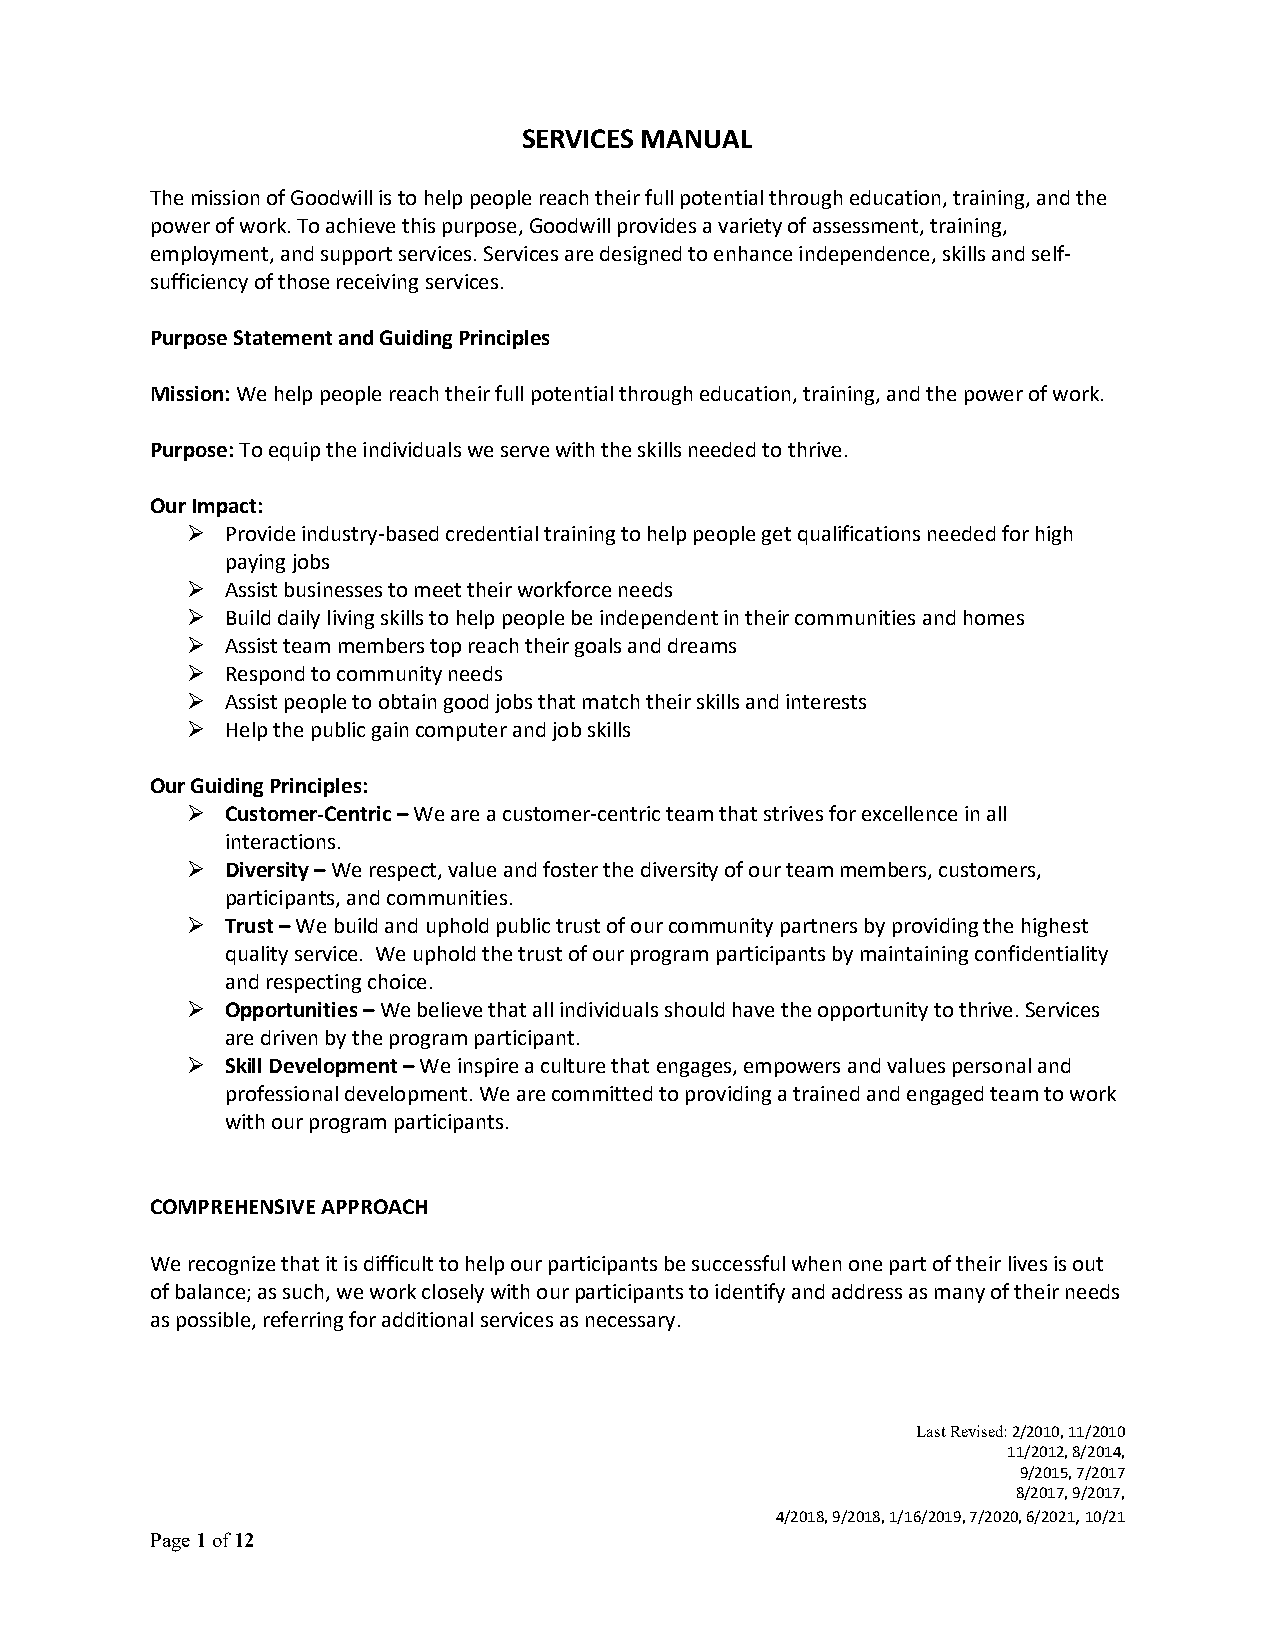
SERVICES MANUAL
 The mission of Goodwill is to help people reach their full potential through education, training, and the
 power of work. To achieve this purpose, Goodwill provides a variety of assessment, training,
 employment, and support services. Services are designed to enhance independence, skills and self-
 sufficiency of those receiving services.
 Purpose Statement and Guiding Principles
 Mission: We help people reach their full potential through education, training, and the power of work.
 Purpose: To equip the individuals we serve with the skills needed to thrive.
 Our Impact:
   Provide industry-based credential training to help people get qualifications needed for high
 paying jobs
   Assist businesses to meet their workforce needs
   Build daily living skills to help people be independent in their communities and homes
   Assist team members top reach their goals and dreams
   Respond to community needs
   Assist people to obtain good jobs that match their skills and interests
   Help the public gain computer and job skills
 Our Guiding Principles:
   Customer-Centric – We are a customer-centric team that strives for excellence in all
 interactions.
   Diversity – We respect, value and foster the diversity of our team members, customers,
 participants, and communities.
   Trust – We build and uphold public trust of our community partners by providing the highest
 quality service. We uphold the trust of our program participants by maintaining confidentiality
 and respecting choice.
   Opportunities – We believe that all individuals should have the opportunity to thrive. Services
 are driven by the program participant.
   Skill Development – We inspire a culture that engages, empowers and values personal and
 professional development. We are committed to providing a trained and engaged team to work
 with our program participants.
 COMPREHENSIVE APPROACH
 We recognize that it is difficult to help our participants be successful when one part of their lives is out
 of balance; as such, we work closely with our participants to identify and address as many of their needs
 as possible, referring for additional services as necessary.
 Last Revised: 2/2010, 11/2010
 11/2012, 8/2014,
 9/2015, 7/2017
 8/2017, 9/2017,
 4/2018, 9/2018, 1/16/2019, 7/2020, 6/2021, 10/21
 Page 1 of 12